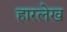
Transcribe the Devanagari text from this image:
हारलेख